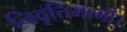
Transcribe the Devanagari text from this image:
निवृत्तिमार्गी।